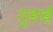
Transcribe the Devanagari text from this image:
गुङाई